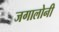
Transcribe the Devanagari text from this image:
जगालोनी